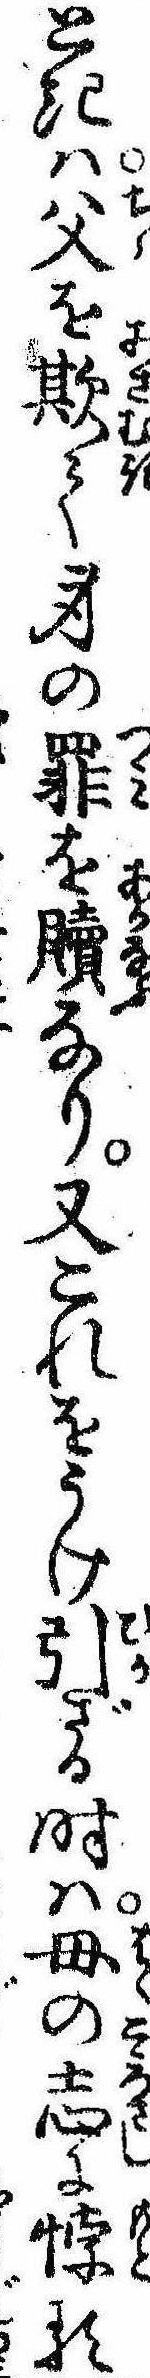
ときは父を欺て身の罪を贖なり又これをうけ引ざる時は母の志に悖る